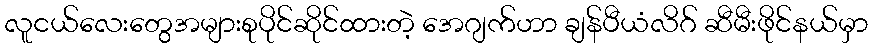
လူငယ်လေးတွေအများစုပိုင်ဆိုင်ထားတဲ့ အေဂျက်ဟာ ချန်ပီယံလိဂ် ဆီမီးဖိုင်နယ်မှာ